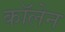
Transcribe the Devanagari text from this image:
कॉलेन